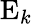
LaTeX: \mathrm{E}_{k}